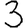
Digit: 3